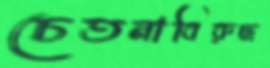
চেতনাবিরুদ্ধ